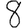
Digit: 8